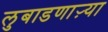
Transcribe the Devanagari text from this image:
लुबाडणाऱ्या